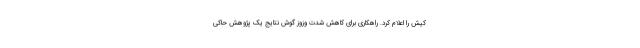
کیش را اعلام کرد. راهکاری برای کاهش شدت وزوز گوش نتایج یک پژوهش حاکی